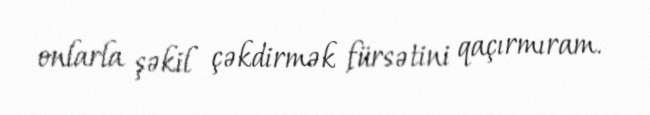
onlarla şəkil çəkdirmək fürsətini qaçırmıram.